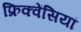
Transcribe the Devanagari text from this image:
फ्रिक्वेंसियां